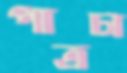
পাত্রটা